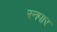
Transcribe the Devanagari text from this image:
रनपार